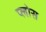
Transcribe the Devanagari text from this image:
प्लोस